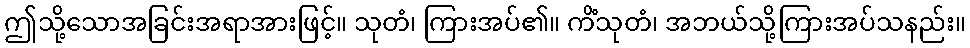
ဤသို့သောအခြင်းအရာအားဖြင့်။ သုတံ၊ ကြားအပ်၏။ ကိံသုတံ၊ အဘယ်သို့ကြားအပ်သနည်း။